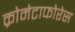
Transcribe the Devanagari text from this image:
क्रोमेटाफोरेस